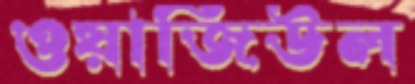
ওয়াজিউল